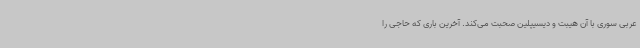
عربی سوری با آن هیبت و دیسیپلین صحبت می‌کند. آخرین باری که حاجی را